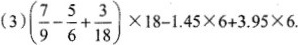
（3）$$（\frac{7}{9}-\frac{5}{6}+\frac{3}{18}）\times18-1.45\times6+3.96\times6$$.